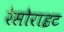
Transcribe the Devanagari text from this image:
रेसोराइट